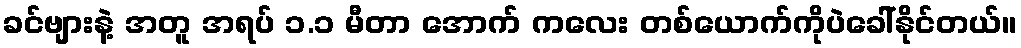
ခင်ဗျားနဲ့ အတူ အရပ် ၁.၁ မီတာ အောက် ကလေး တစ်ယောက်ကိုပဲခေါ်နိုင်တယ်။